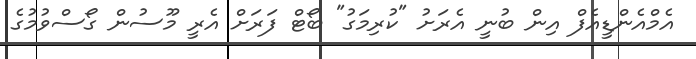
އެމްއެންޑީއެފް އިން ބުނީ އެރަށު "ކުރިމަގު" ބޯޓް ފަރަށް އެރީ މޫސުން ގޯސްވުމުގެ